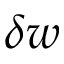
\delta w